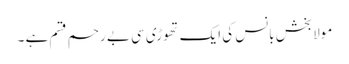
مولابخش بانس کی ایک تھوڑی سی بے رحم قسم ہے ۔